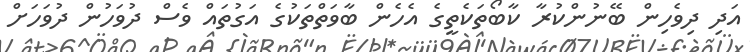
އަދި ދިވެހިން ބޭނުންކުރާ ކާބޯތަކެތީގެ އެހެން ބާވަތްތަކުގެ އަގުތައް ވެސް ދުވަހުން ދުވަހަށް